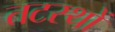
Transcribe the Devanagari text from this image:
तटस्थों